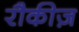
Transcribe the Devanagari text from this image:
रौकीज़